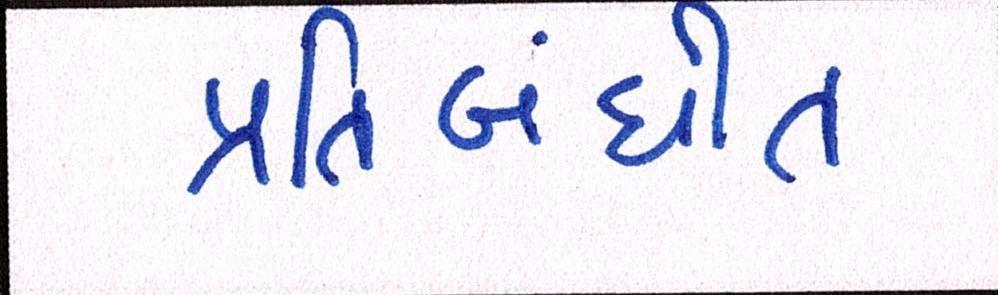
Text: પ્રતિબંધીત